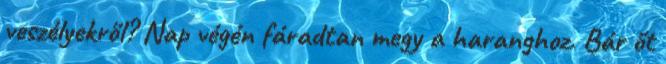
veszélyekről? Nap végén fáradtan megy a haranghoz. Bár őt